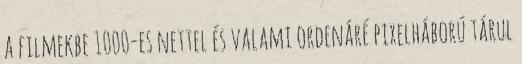
a filmekbe 1000-es nettel és valami ordenáré pixelháború tárul